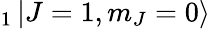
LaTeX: _1\mathinner{|{J=1,m_{J}=0}\rangle}